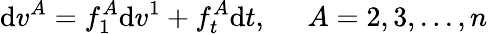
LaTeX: \mathrm{d}v^{A}=f_{1}^{A}\mathrm{d}v^{1}+f_{t}^{A}\mathrm{d}t,\; \; \; \; \; A=2,3,...,n